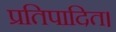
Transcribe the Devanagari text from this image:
प्रतिपादित।